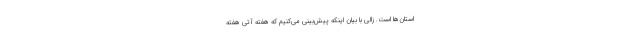
استان‌ها است. زالی با بیان اینکه پیش‌بینی می‌کنیم که هفته آتی هفته